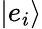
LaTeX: |e_{i}\rangle